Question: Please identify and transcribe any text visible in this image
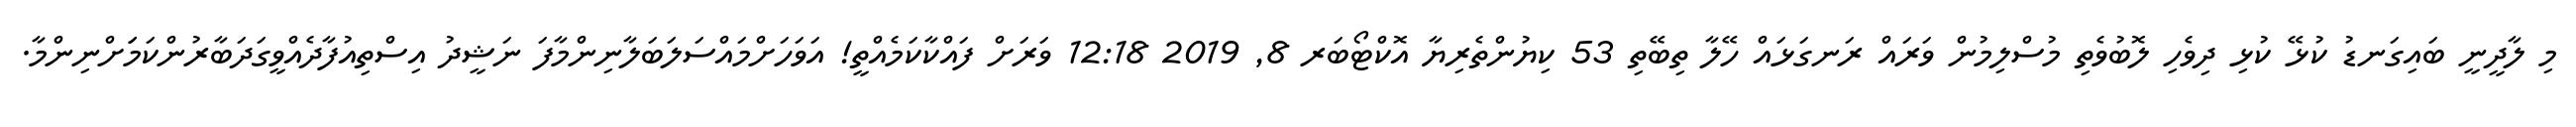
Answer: މި ލާދީނީ ބައިގަނޑު ކުޅޭ ކުޅި ދިވެހި ލޮބުވެތި މުސްލިމުން ވަރައް ރަނގަޅައް ހޭލާ ތިބޭތި 53 ކިޔުންތެރިޔާ އޮކްޓޯބަރ 8, 2019 12:18 ވަރަށް ފައްކާކަމެއްތީ! އަވަހަށްމައްސަލަބަލާނިންމާފަ ނަޝީދު އިސްތިއުފާދެއްވީގަދަބާރުންކަމަަށްނިންމާ.